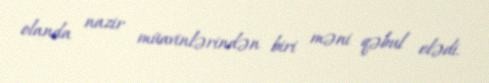
olanda nazir müavinlərindən biri məni qəbul elədi.